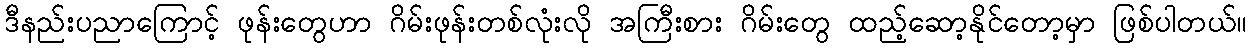
ဒီနည်းပညာကြောင့် ဖုန်းတွေဟာ ဂိမ်းဖုန်းတစ်လုံးလို အကြီးစား ဂိမ်းတွေ ထည့်ဆော့နိုင်တော့မှာ ဖြစ်ပါတယ်။